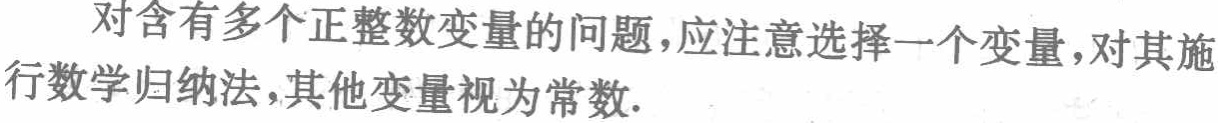
对含有多个正整数变量的问题，应注意选择一个变量，对其施行数学归纳法，其他变量视为常数.